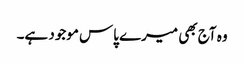
وہ آج بھی میرے پاس موجود ہے۔